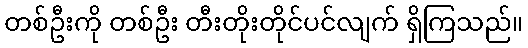
တစ်ဦးကို တစ်ဦး တီးတိုးတိုင်ပင်လျက် ရှိကြသည်။